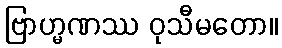
ဗြာဟ္မဏဿ ဝုသီမတော။